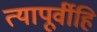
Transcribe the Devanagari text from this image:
त्यापूर्वीहि